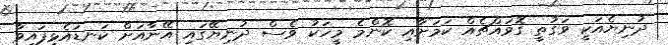
ދުނިޔެއަކީ ވަގުތީ ގޮވައްޗެއް ކަމަށާއި ކޮންމެ މީހަކު ވެސް ދުނިޔޭގައި އޭނާއަށް ކަނޑައެޅިފައިވާ